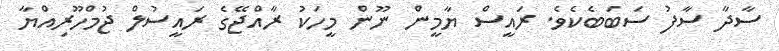
ސާދާ ސާފު ސަބަބެކެވެ. ރައީސް ޔާމީން ނޫން މީހަކު ރާއްޖޭގެ ރައީސުލް ޖުމްހޫރިއްޔާ